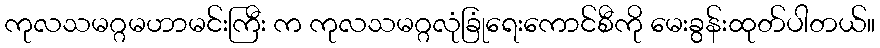
ကုလသမဂ္ဂမဟာမင်းကြီး က ကုလသမဂ္ဂလုံခြုံရေးကောင်စီကို မေးခွန်းထုတ်ပါတယ်။